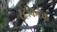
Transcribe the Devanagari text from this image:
स्टॉकटेक